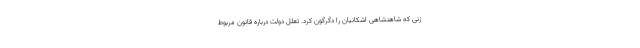
زنی که شاهنشاهی اشکانیان را دگرگون کرد. تعلل دولت درباره قانون مربوط